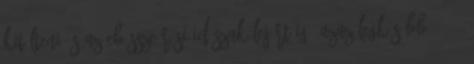
kitölteni és az ebösszeírási időszak lejártáig, azaz legkésőbb 2013.